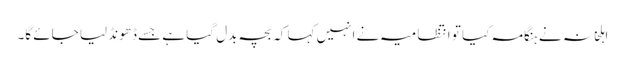
اہلخانہ نے ہنگامہ کیا تو انتظامیہ نے انہیں کہا کہ بچہ بدل گیا ہے جسے ڈھونڈ لیا جائے گا۔